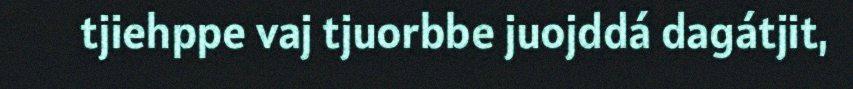
tjiehppe vaj tjuorbbe juojddá dagátjit,